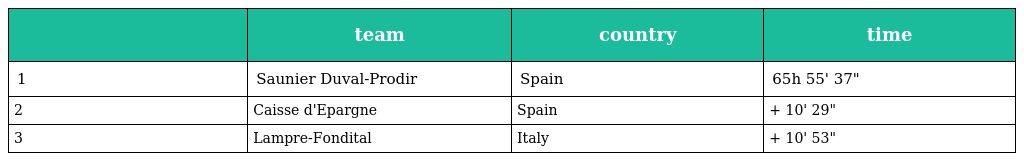
|  | team | country | time |
 | --- | --- | --- | --- |
 | 1 | Saunier Duval-Prodir | Spain | 65h 55' 37" |
 | 2 | Caisse d'Epargne | Spain | + 10' 29" |
 | 3 | Lampre-Fondital | Italy | + 10' 53" |